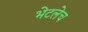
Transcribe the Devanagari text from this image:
भेटलेच